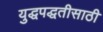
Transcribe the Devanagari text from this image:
युद्धपद्धतीसाठी